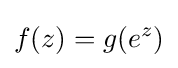
f(z)=g(e^{z})